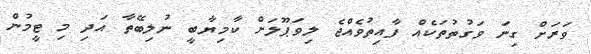
ވަރަށް ގިނަ ވަގުތުތަކެއް ފާއިތުވެއްޖެ ލިވަޕޫލަށް ކާމިޔާބީ ނުލިބޭތާ އަދި މި ޓީމުން